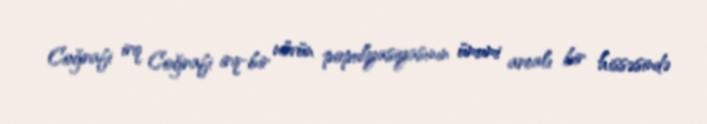
Coğrafi irq Coğrafi irq-bir növün populyasiyasının ümumi arealı bir hissəsində